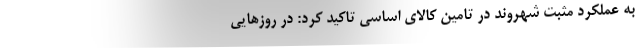
به عملکرد مثبت شهروند در تامین کالای اساسی تاکید کرد: در روز‌هایی